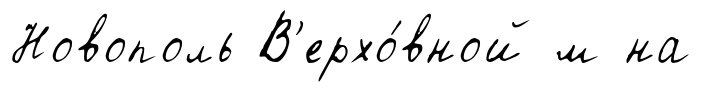
Новополь В'ерхо́вной м на